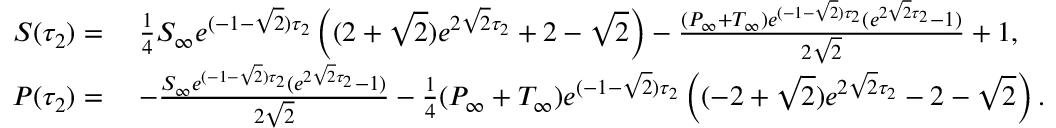
\begin{array} { r l } { S ( \tau _ { 2 } ) = } & { \; \frac { 1 } { 4 } S _ { \infty } e ^ { ( - 1 - \sqrt { 2 } ) \tau _ { 2 } } \left( ( 2 + \sqrt { 2 } ) e ^ { 2 \sqrt { 2 } \tau _ { 2 } } + 2 - \sqrt { 2 } \right) - \frac { ( P _ { \infty } + T _ { \infty } ) e ^ { ( - 1 - \sqrt { 2 } ) \tau _ { 2 } } ( e ^ { 2 \sqrt { 2 } \tau _ { 2 } } - 1 ) } { 2 \sqrt { 2 } } + 1 , } \\ { P ( \tau _ { 2 } ) = } & { \; - \frac { S _ { \infty } e ^ { ( - 1 - \sqrt { 2 } ) \tau _ { 2 } } ( e ^ { 2 \sqrt { 2 } \tau _ { 2 } } - 1 ) } { 2 \sqrt { 2 } } - \frac { 1 } { 4 } ( P _ { \infty } + T _ { \infty } ) e ^ { ( - 1 - \sqrt { 2 } ) \tau _ { 2 } } \left( ( - 2 + \sqrt { 2 } ) e ^ { 2 \sqrt { 2 } \tau _ { 2 } } - 2 - \sqrt { 2 } \right) . } \end{array}